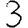
Digit: 3